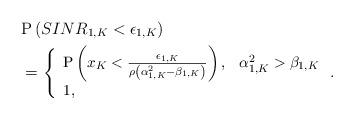
LaTeX: \begin{align*}&\mathrm{P}\left(SINR_{1,K}<\epsilon_{1,K}\right) \\ &= {\small \left\{\begin{array}{ll} \mathrm{P}\left( x_K <\frac{\epsilon_{1,K}}{\rho\left(\alpha_{1,K}^2 -\beta_{1,K}\right) } \right),& \alpha_{1,K}^2 >\beta_{1,K}\\ 1, &\end{array}\right..}\end{align*}